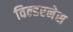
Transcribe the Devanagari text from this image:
विल्डरनेस